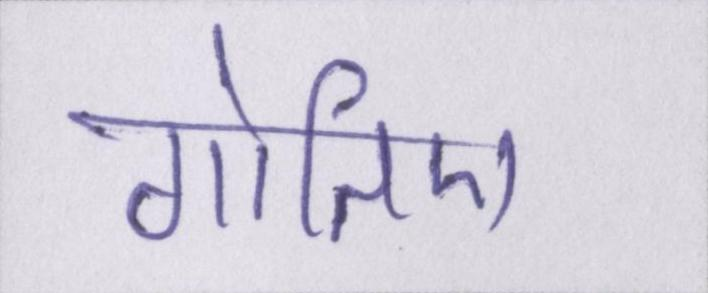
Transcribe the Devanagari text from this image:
गोतिए